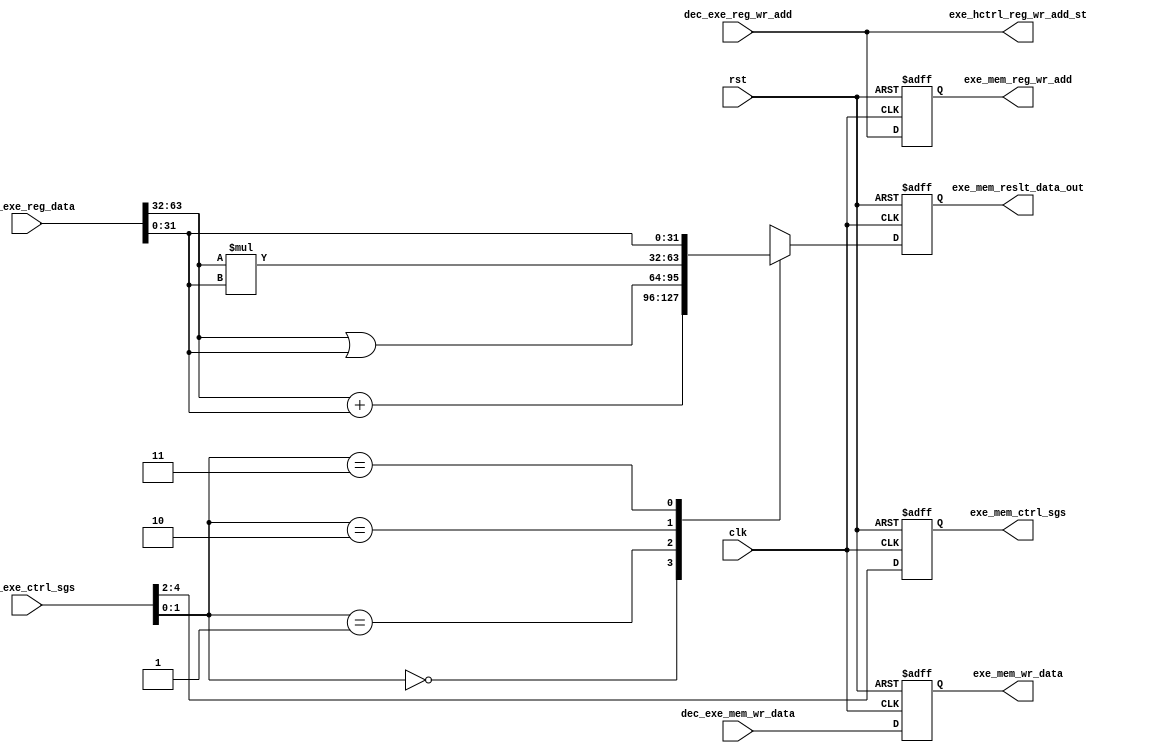
module execute (exe_mem_wr_data,
                exe_mem_reg_wr_add,
                exe_mem_reslt_data_out, 
                exe_mem_ctrl_sgs,
                exe_hctrl_reg_wr_add_st,  
                /*-----input ports-----*/
                clk, 
                rst,
                dec_exe_mem_wr_data,                
                dec_exe_ctrl_sgs,
                dec_exe_reg_data,       
                dec_exe_reg_wr_add
                );
output reg [31:0] exe_mem_wr_data;
output reg [31:0] exe_mem_reslt_data_out;
output reg [4:0] exe_hctrl_reg_wr_add_st, exe_mem_reg_wr_add;
output reg [2:0] exe_mem_ctrl_sgs;
input clk, rst;
input [4:0] dec_exe_ctrl_sgs, dec_exe_reg_wr_add;
input [63:0] dec_exe_reg_data;
input [31:0] dec_exe_mem_wr_data;

reg [31:0]  _exe_mem_wr_data, _exe_mem_reslt_data_out, _exe_mem_memory_rd_wr_add;
reg [2:0] _exe_mem_ctrl_sgs;
reg [1:0] alu_ctrl; 
reg [31:0] data2, data1;

always @(posedge clk or posedge rst) begin : execution_stage_flipflop
  if(rst) begin
    exe_mem_wr_data          <= #1 0;
    exe_mem_reg_wr_add       <= #1 0;
    exe_mem_reslt_data_out   <= #1 0; 
    exe_mem_ctrl_sgs         <= #1 0;
  end else begin
    exe_mem_wr_data          <= #1 _exe_mem_wr_data;
    exe_mem_reg_wr_add       <= #1 dec_exe_reg_wr_add;
    exe_mem_reslt_data_out   <= #1 _exe_mem_reslt_data_out; 
    exe_mem_ctrl_sgs         <= #1 _exe_mem_ctrl_sgs;
  end
end

always @(*) begin : execution_stage_signals
  _exe_mem_wr_data        = dec_exe_mem_wr_data;
  _exe_mem_ctrl_sgs       = dec_exe_ctrl_sgs[4:2];
  exe_hctrl_reg_wr_add_st = dec_exe_reg_wr_add;
  {data1,data2}           = dec_exe_reg_data;  
  alu_ctrl                = dec_exe_ctrl_sgs[1:0];
end

/*----------- ALU -------------------*/
always @(*) begin : ALU 
  case(alu_ctrl)
    0 : _exe_mem_reslt_data_out = data1 + data2;   // add
    1 : _exe_mem_reslt_data_out = data1 | data2;   // or
    2 : _exe_mem_reslt_data_out = data1 * data2;   // mul
    3 : _exe_mem_reslt_data_out = data2;           // used for store operation
    default : _exe_mem_reslt_data_out = 0;         // default
  endcase
end
endmodule